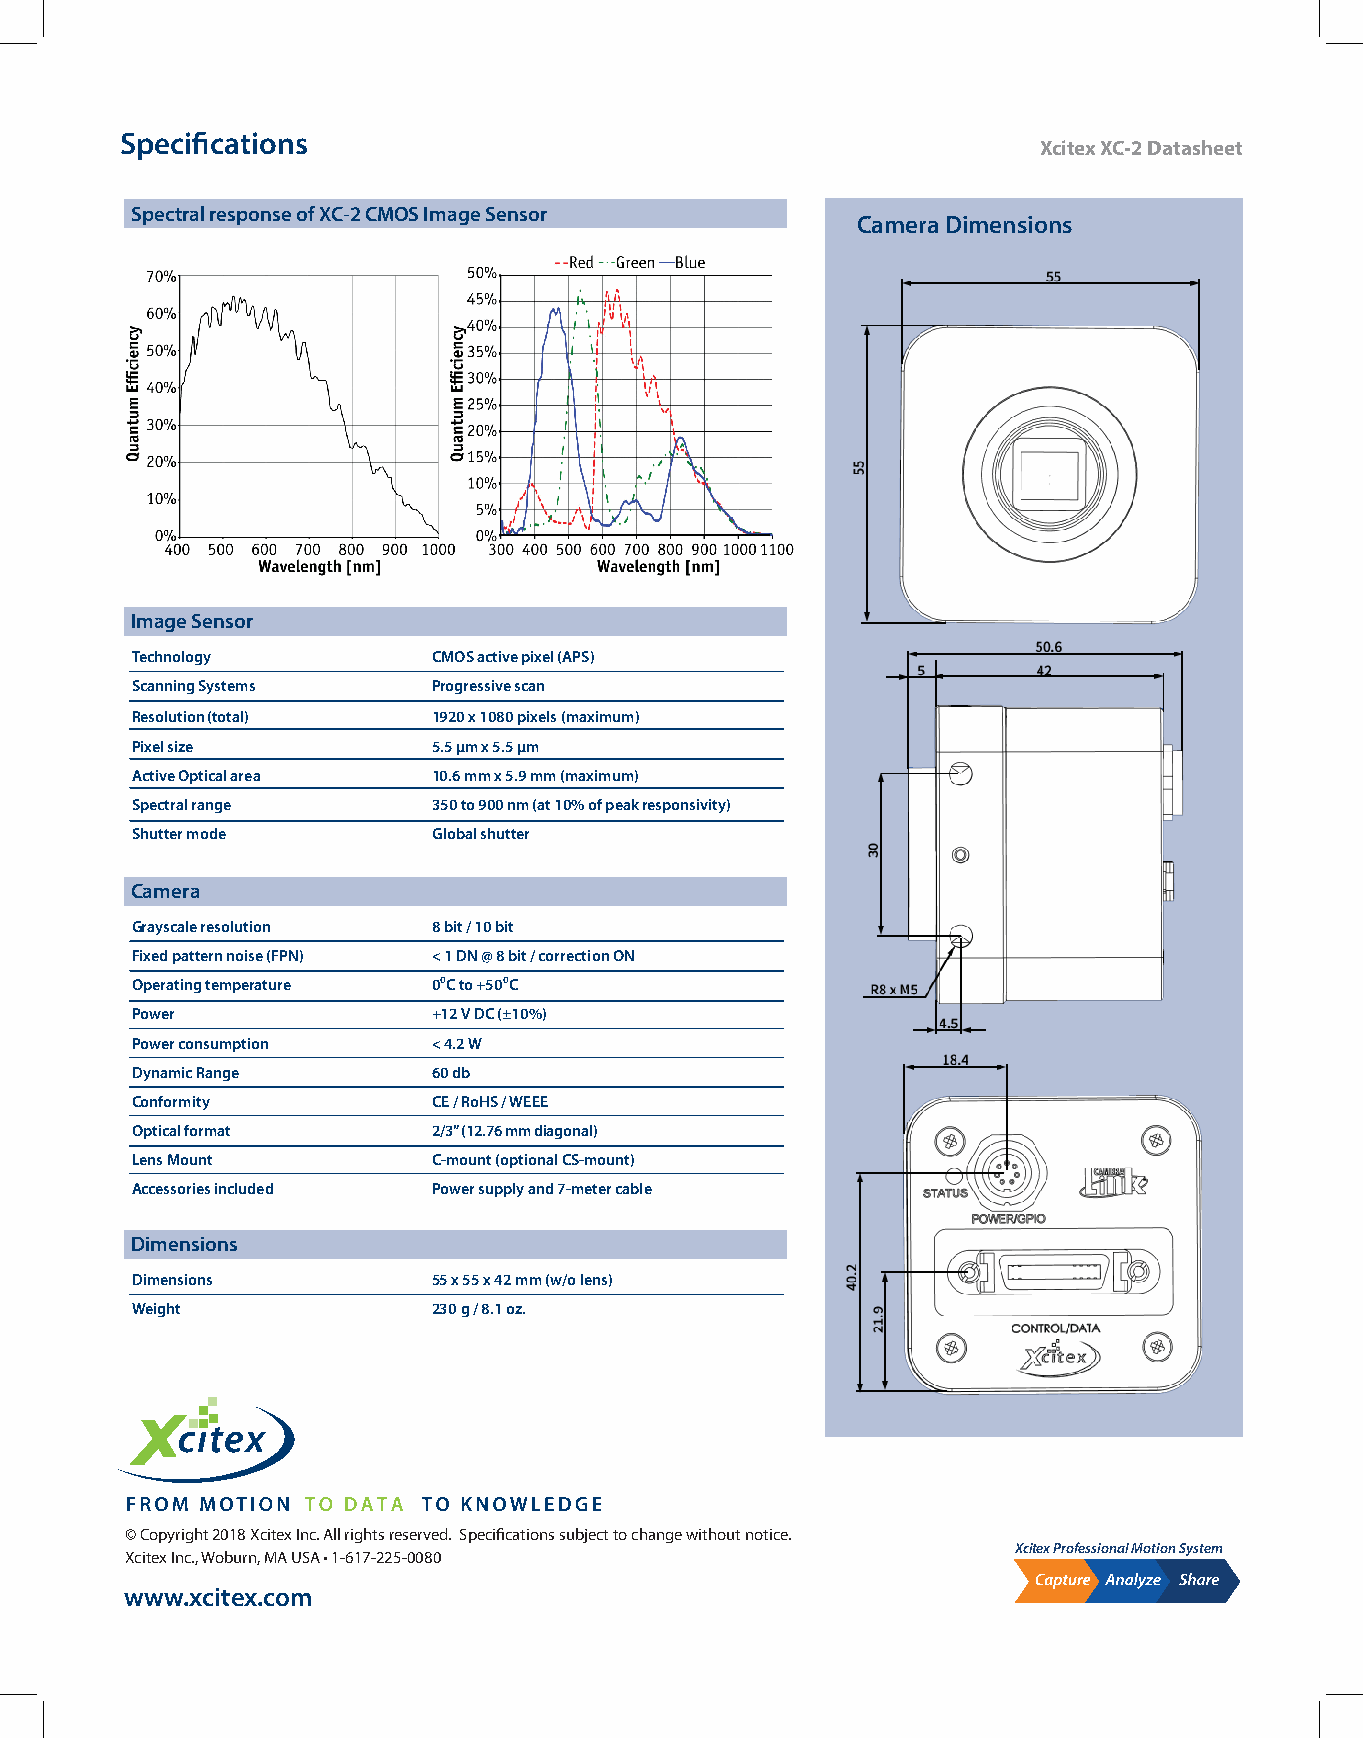
Specifications
 Xcitex XC-2 Datasheet
 Spectral response of XC-2 CMOS Image Sensor
 Camera Dimensions
 Image Sensor
 Technology          CMOS active pixel (APS)
 Scanning Systems    Progressive scan
 Resolution (total)  1920 x 1080 pixels (maximum)
 Pixel size          5.5 µm x 5.5 µm
 Active Optical area 10.6 mm x 5.9 mm (maximum)
 Spectral range      350 to 900 nm (at 10% of peak responsivity)
 Shutter mode        Global shutter
 Camera
 Grayscale resolution 8 bit / 10 bit
 Fixed pattern noise (FPN) < 1 DN @ 8 bit / correction ON
 Operating temperature 0⁰C to +50⁰C
 Power               +12 V DC (±10%)
 Power consumption   < 4.2 W
 Dynamic Range       60 db
 Conformity          CE / RoHS / WEEE
 Optical format      2/3” (12.76 mm diagonal)
 Lens Mount          C-mount (optional CS-mount)
 Accessories included Power supply and 7-meter cable
 Dimensions
 Dimensions          55 x 55 x 42 mm (w/o lens)
 Weight              230 g / 8.1 oz.
 © Copyright 2018 Xcitex Inc. All rights reserved. Specifications subject to change without notice.
 Xcitex Professional Motion System
 Xcitex Inc., Woburn, MA USA • 1-617-225-0080
 www.xcitex.com